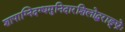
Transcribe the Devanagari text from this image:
शापाग्निदग्धमुनिदारशिलोद्धराङ्घ्रेः